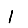
Digit: 1